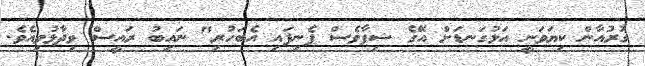
ގުރުއާން ކިޔަވަނީ އަޅުގަނޑަށް އޭގެ ޝިފާވެސް ފެނިފައި އެބަހުރި" ނައިބު ރައީސް ވިދާޅުވިއެވެ.